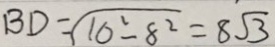
B D = \sqrt { 1 0 ^ { 2 } - 8 ^ { 2 } } = 8 \sqrt { 3 }